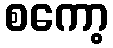
စကော့